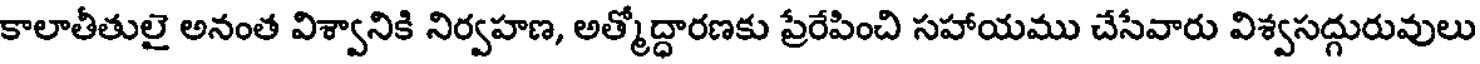
కాలాతీతులై అనంత విశ్వానికి నిర్వహణ, అత్మోద్ధారణకు ప్రేరేపించి సహాయము చేసేవారు విశ్వసద్గురువులు